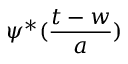
\psi ^ { \ast } ( \frac { t - w } { a } )